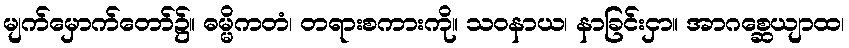
မျက်မှောက်တော်၌။ ဓမ္မိကတံ၊ တရားစကားကို။ သဝနာယ၊ နာခြင်းငှာ။ အာဂစ္ဆေယျာထ၊